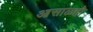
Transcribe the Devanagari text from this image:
आसाळहो